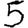
Digit: 5